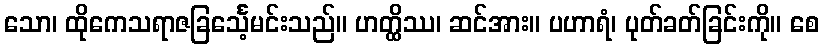
သော၊ ထိုကေသရာဇခြင်္သေ့မင်းသည်။ ဟတ္ထိဿ၊ ဆင်အား။ ပဟာရံ၊ ပုတ်ခတ်ခြင်းကို။ စေ